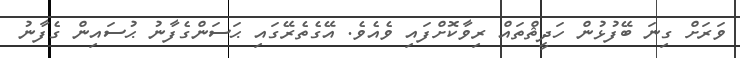
ވަރަށް ގިނަ ބޭފުޅުން ހަދީޘްތައް ރިވާކޮށްފައި ވެއެވެ. އޭގެތެރޭގައި ޙަސަންގެފާނު ޙުސައިން ގެފާނު